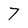
Character: 7